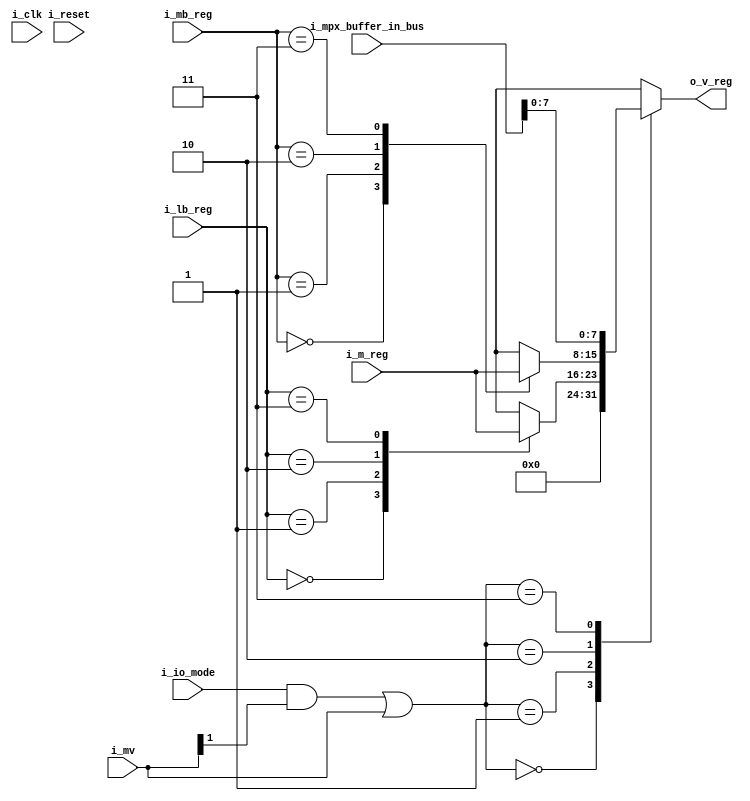
`default_nettype   none

// 2050 right mover input

// 2050_Control_Field_Specification_196508.pdf
// cfc 101 - 2050 control field specifications - cpu mode (lu,mv,zp,zf,zn)
// page 26
// figure 21 "decode circuits for left mover input (rosdr 1-3)"

module x2050rmv (i_clk, i_reset,
i_mv,
i_io_mode,
i_m_reg,
i_mb_reg,
i_lb_reg,
i_mpx_buffer_in_bus,
o_v_reg);

// verilator lint_off UNUSED
input wire i_clk;
input wire i_reset;
// verilator lint_on UNUSED
input wire i_io_mode;
input wire [1:0] i_mv;
input wire [31:0] i_m_reg;
input wire [1:0] i_mb_reg;
input wire [1:0] i_lb_reg;
input wire [8:0] i_mpx_buffer_in_bus;
output wire [7:0] o_v_reg;

// ds021
wire [7:0] m_reg_bytewise[0:3];
assign m_reg_bytewise[0] = i_m_reg[31-0:31-7];
assign m_reg_bytewise[1] = i_m_reg[31-8:31-15];
assign m_reg_bytewise[2] = i_m_reg[31-16:31-23];
assign m_reg_bytewise[3] = i_m_reg[31-24:31-31];

// ds021
wire [7:0] right_input [0:3];
// cpu mode
assign right_input[0] = 8'd0;
assign right_input[1] = m_reg_bytewise[i_lb_reg];
assign right_input[2] = m_reg_bytewise[i_mb_reg];
// io mode
// 0 is the same as cpu.
// 2 map that into 3.
// guess: qv320 qv320 qv321 qv430 have "b bib+v"
assign right_input[3] = i_mpx_buffer_in_bus[7-0:7-7];

wire [1:0] mv_index = {1'b0,(i_io_mode & i_mv[1])} | i_mv;

assign o_v_reg = right_input[mv_index];

// Please verilator
// verilator lint_off UNUSED
wire    unused;
assign  unused = i_mpx_buffer_in_bus[8];
// verilator lint_on  UNUSED

endmodule